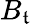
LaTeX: B_{\mathfrak{t}}